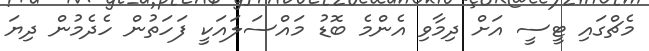
މެޗްގައި ޓީސީ އަށް ދިމާވި އެންމެ ބޮޑު މައްސަލައަކީ ފަހަތުން ހެދެމުން ދިޔަ